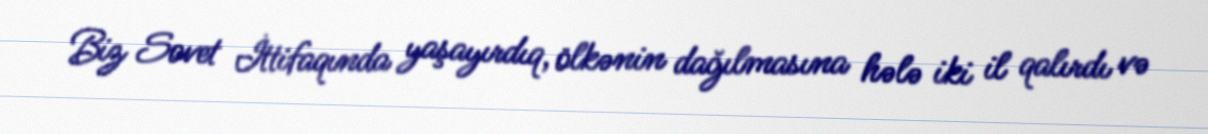
Biz Sovet İttifaqında yaşayırdıq, ölkənin dağılmasına hələ iki il qalırdı və